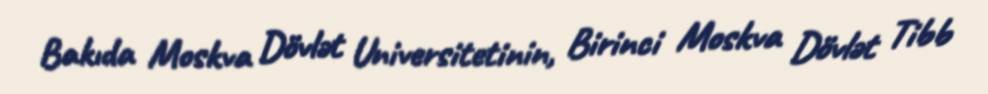
Bakıda Moskva Dövlət Universitetinin, Birinci Moskva Dövlət Tibb